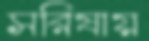
সরিষায়